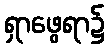
ရှာဖွေရာ၌